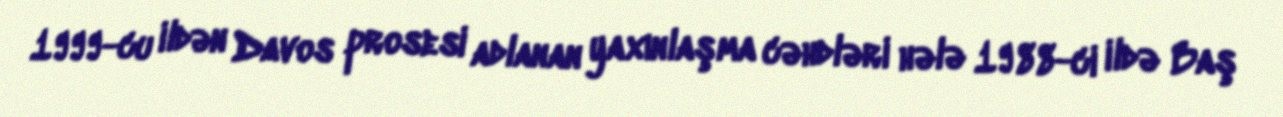
1999-cu ildən Davos prosesi adlanan yaxınlaşma cəhdləri hələ 1988-ci ildə Baş